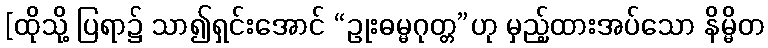
[ထိုသို့ ပြရာ၌ သာ၍ရှင်းအောင် “ဥုးဓမ္မဂုတ္တ”ဟု မှည့်ထားအပ်သော နိမ္မိတ